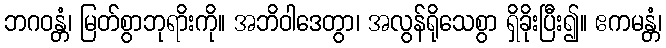
ဘဂဝန္တံ၊ မြတ်စွာဘုရာိးကို။ အဘိဝါဒေတွာ၊ အလွန်ရိုသေစွာ ရှိခိုးပြီး၍။ ဧကမန္တံ၊